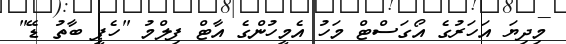
މިދިޔަ އަހަރުގެ އޯގަސްޓް މަހު އެމީހުންގެ އާޓް ފިލްމު "ހެޕީ ބާތު ޑޭ"